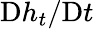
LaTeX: \textnormal{D}h_{t}/\textnormal{D}t